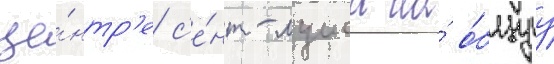
це́нтр'е с'е́нт-луиса на́ о́бщуу